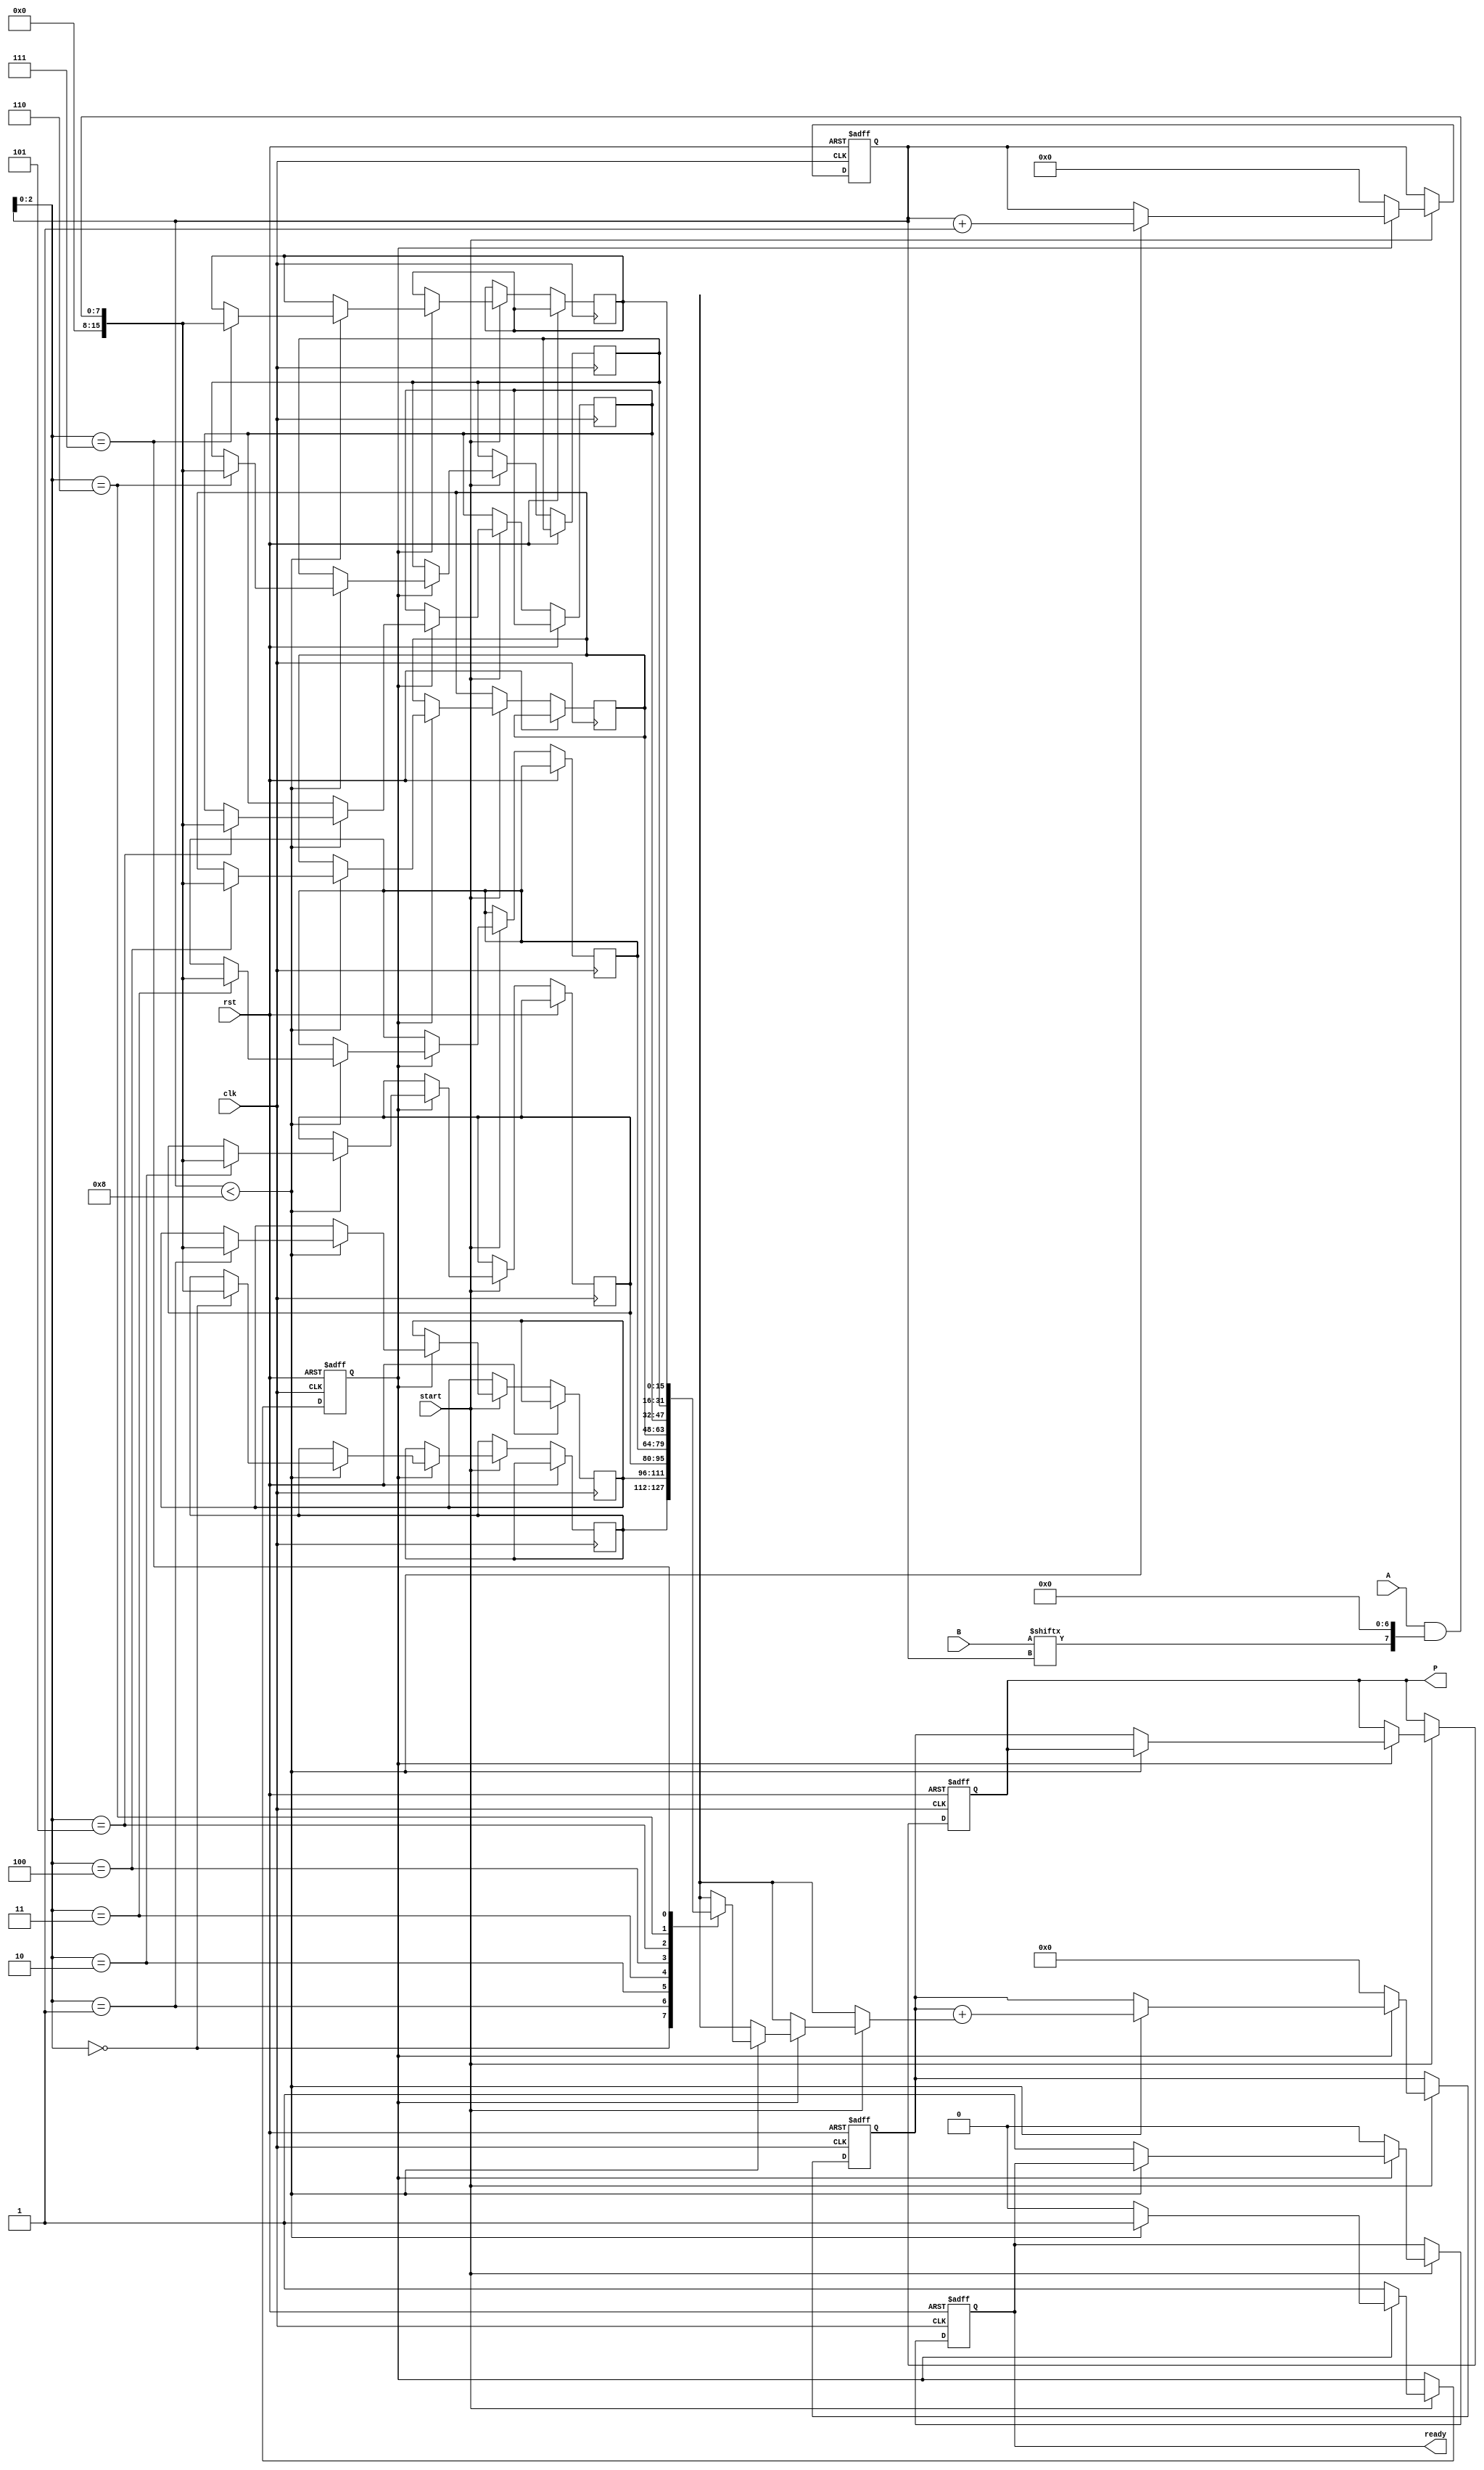
module PartialProductAccumulator #(
    parameter A_WIDTH = 8, // Width of multiplicand
    parameter B_WIDTH = 8  // Width of multiplier
)(
    input wire clk,
    input wire rst,
    input wire start,
    input wire [A_WIDTH-1:0] A, // Multiplicand
    input wire [B_WIDTH-1:0] B, // Multiplier
    output reg [A_WIDTH + B_WIDTH - 1:0] P, // Product
    output reg ready // Ready signal
);

    reg [A_WIDTH + B_WIDTH - 1:0] partial_products [0:B_WIDTH-1]; // Array to hold partial products
    reg [3:0] count; // Counter for the number of bits processed
    reg [A_WIDTH + B_WIDTH - 1:0] accumulator; // Accumulator for the product
    reg processing; // Flag to indicate processing state

    // Generate partial products
    always @(posedge clk or posedge rst) begin
        if (rst) begin
            count <= 0;
            accumulator <= 0;
            P <= 0;
            ready <= 0;
            processing <= 0;
        end else if (start) begin
            if (!processing) begin
                // Start processing
                processing <= 1;
                count <= 0;
                accumulator <= 0;
                ready <= 0;
            end else if (count < B_WIDTH) begin
                // Generate partial product
                partial_products[count] <= A & {B[count], {A_WIDTH-1{1'b0}}}; // Shift A based on B's bit
                accumulator <= accumulator + partial_products[count]; // Accumulate
                count <= count + 1; // Increment count
            end else begin
                // Finished processing
                P <= accumulator; // Store final product
                ready <= 1; // Indicate ready
                processing <= 0; // Reset processing flag
            end
        end
    end

endmodule